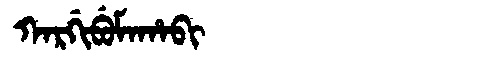
Manchu: ᡴᠠᡵᡤᡳᠪᡠᠮᠠᡥᠠᠪᡳ
Romanization: KARGIBUMAHABI